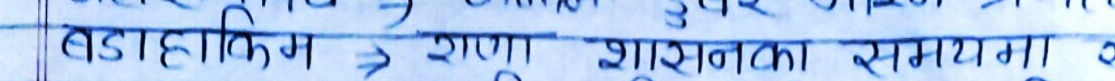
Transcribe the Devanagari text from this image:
बडाहकिम -> राणा शासनका रामायण ०